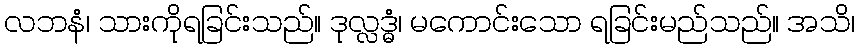
လဘနံ၊ သားကိုရခြင်းသည်။ ဒုလ္လဒ္ဓံ၊ မကောင်းသော ရခြင်းမည်သည်။ အသိ၊